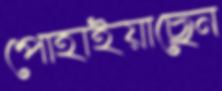
পোহাইয়াছেন